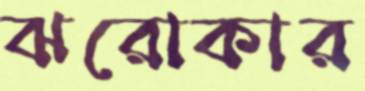
ঝরোকার